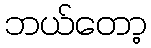
ဘယ်တော့